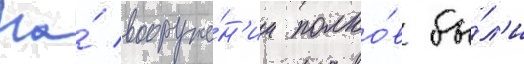
На́ вооруже́н'ии полко́в бы́л'и